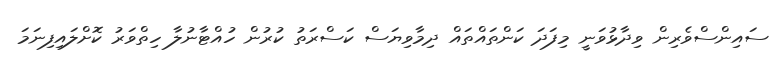
ސައިންސްވެރިން ވިދާޅުވަނީ މިފަދަ ކަންތައްތައް ދިމާވިޔަސް ކަސްރަތު ކުރުން ހުއްޓާނުލާ ހިތްވަރު ކޮށްލައިފިނަމަ